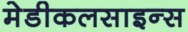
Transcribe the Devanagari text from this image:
मेडीकलसाइन्स